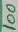
Text: 100